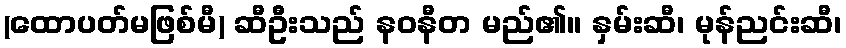
(ထောပတ်မဖြစ်မီ) ဆီဦးသည် နဝနီတ မည်၏။ နှမ်းဆီ၊ မုန်ညင်းဆီ၊